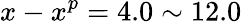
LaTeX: x-x^{p}=4.0\sim 12.0